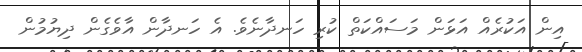
އިން އަކުރެއް އަޅަން މަސައްކަތް ކުރި ހަނދާނެވެ. އެ ހަނދާން އާވެގެން ދިޔުމުން